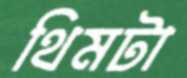
থিমটা